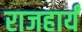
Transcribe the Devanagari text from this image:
राजहार्यं